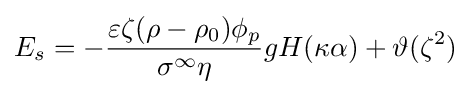
E_{s}=-{\frac {\varepsilon \zeta (\rho -\rho _{0})\phi _{p}}{\sigma ^{\infty }\eta }}gH(\kappa \alpha )+\vartheta (\zeta ^{2})